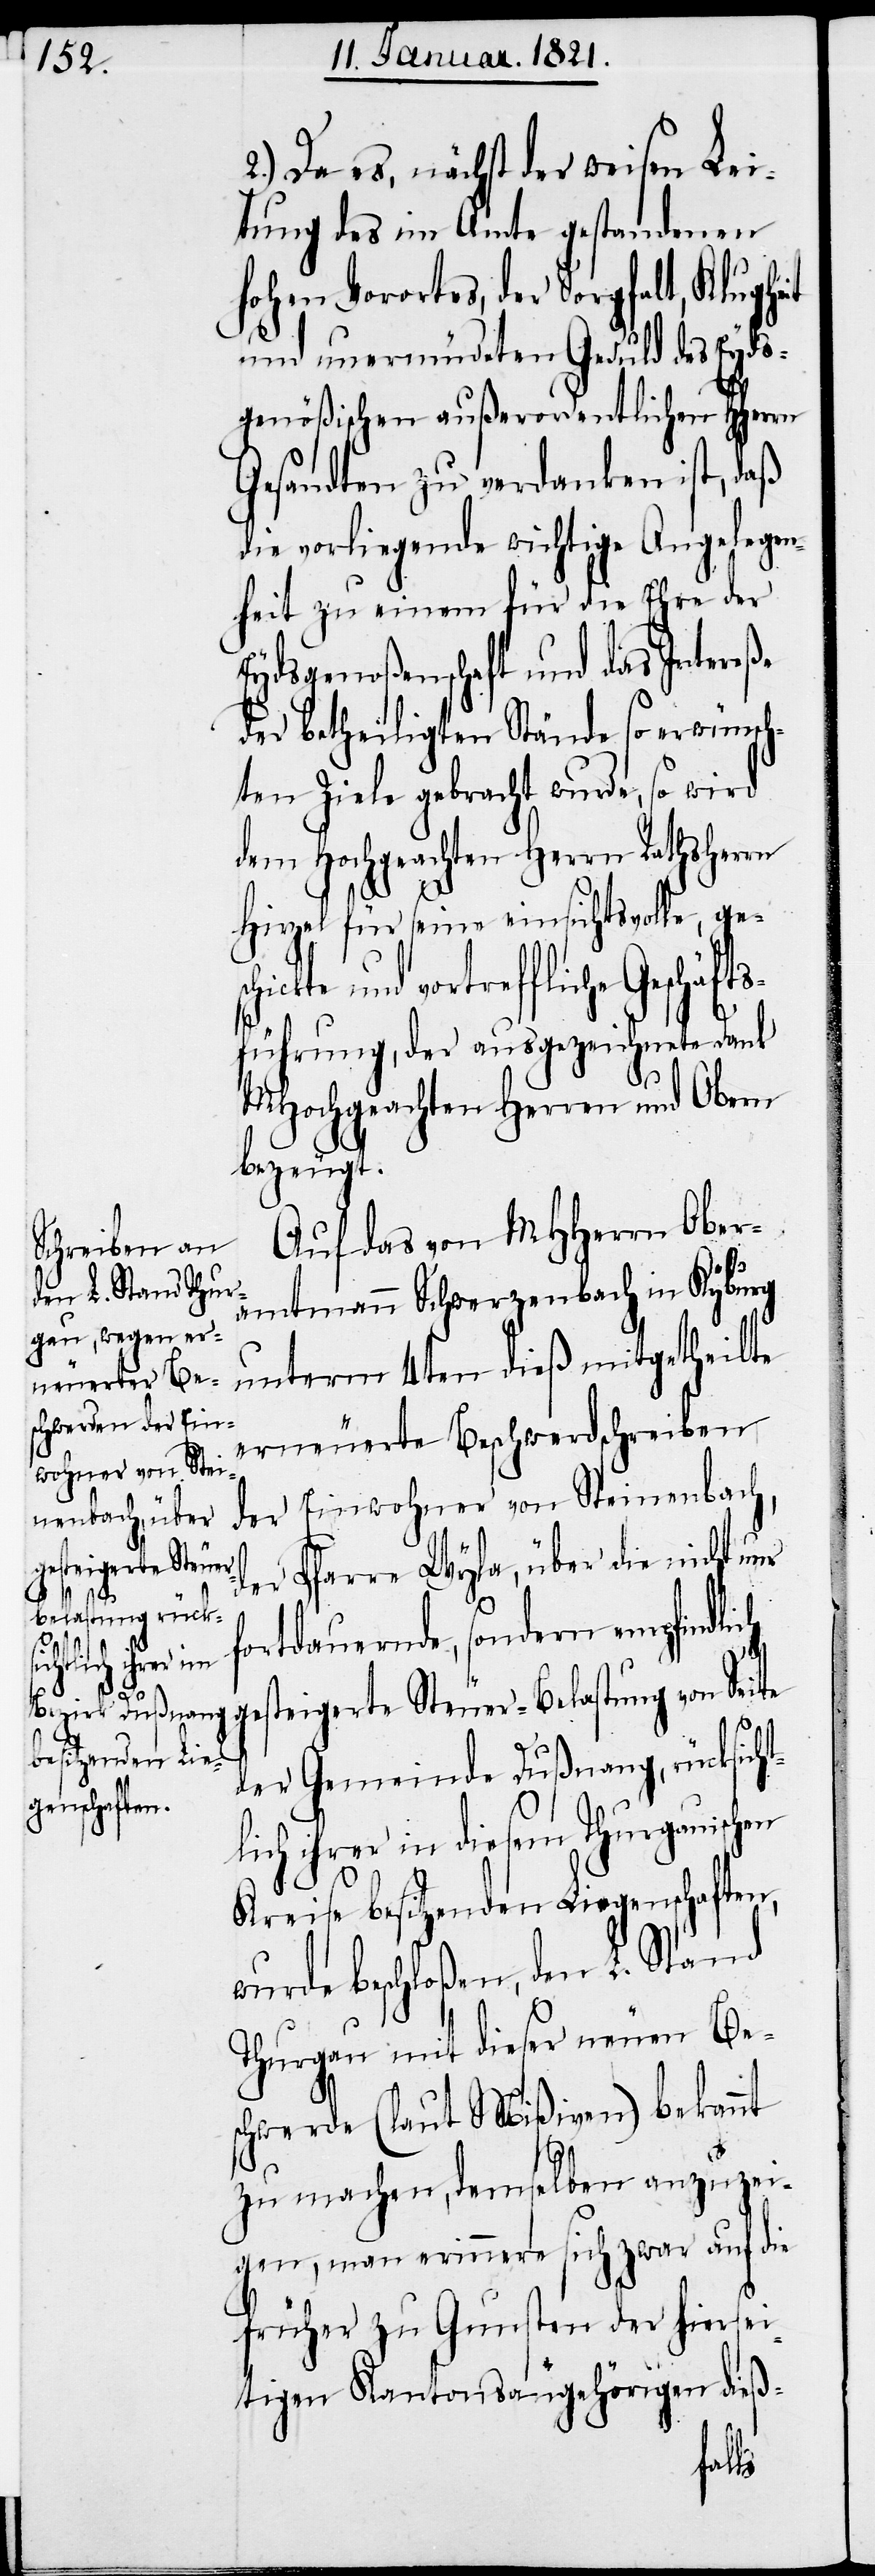
2.) Da es, nächst der weisen Lei¬
stung des im Amte gestandenen
hohen Vorortes, der Sorgfalt, Klugheit
und unermüdeten Geduld des Eyds¬
genößischen außerordentlichen HHerrn
Gesandten zu verdanken ist, daß
die vorliegende wichtige Angelegen¬
heit zu einem für die Ehre der
Eydsgenoßenschaft und das Intereße
der betheiligten Stände so erwünsch¬
ten Ziele gebracht wurde, so wird
dem Hochgeachten Herrn Rathsherrn
Hirzel für seine einsichtsvolle, ge¬
und vortreffliche Geschäft¬
sführung, der ausgezeichnete Dank
MHochgeachten Herrn und Obern
bezeugt.
Auf das von MHHerrn Ober¬
amtmann Schwerzenbach in Kyburg
unterm 4ten dieß mitgetheilte
erneuerte Beschwerdeschreiben
der Einwohner von Steinenbach,
der Pfarre Wyla, über die nicht nur
fortdauernde, sondern empfindlich
gesteigerte Steuer-Belastung von Seite
der Gemeinde Dußnang, rücksicht¬
lich ihrer in diesem Thurgauischen
Kreise besitzenden Liegenschaften,
wurde beschloßen, den L. Stand
Thurgau mit dieser neuen Be¬
schwerde (laut Mißiven) bekannt
zu machen, demselben anzuzei¬
gen, man erinnere sich zwar auf die
frühere zu Gunsten der hies¬
igen Kantonsangehörigen dieß-
ickte